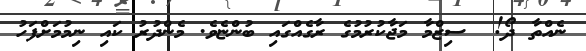
ނެއްތާ ދޯ!  ސިޒްމާ މަޖާކުރުމުގެ ރާގެއްގައި ބުންޏެވެ. މެންދުރު ކައި ނިމުމަށްފަހު